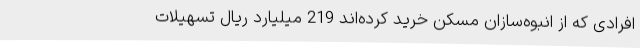
افرادی که از انبوه‌سازان مسکن خرید کرده‌اند 219 میلیارد ریال تسهیلات